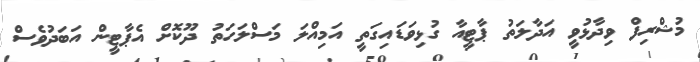
މުޝްރިފް ވިދާޅުވީ އަދާލަތު ޕާޓީއާ ގުޅިވަޑައިގަތީ އަމިއްލަ މަސްލަހަތު ދޫކޮށް އެޕާޓީން އަބަދުވެސް